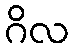
ဂိလ